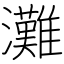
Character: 灘